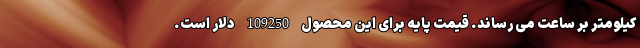
کیلومتر بر ساعت می رساند. قیمت پایه برای این محصول 109250 دلار است.